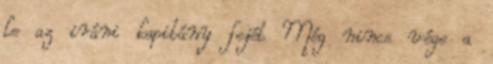
le az iráni kapitány fejét Még nincs vége a